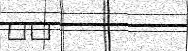
٥٣